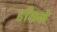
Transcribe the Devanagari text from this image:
ढाँकने